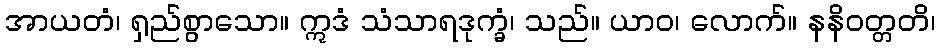
အာယတံ၊ ရှည်စွာသော။ ဣဒံ သံသာရဒုက္ခံ၊ သည်။ ယာဝ၊ လောက်။ နနိဝတ္တတိ၊